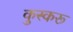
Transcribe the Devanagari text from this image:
कुस्करू